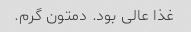
غذا عالی بود. دمتون گرم.